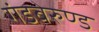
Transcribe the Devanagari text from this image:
गंडबेरुण्ड